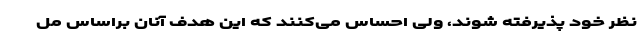
نظر خود پذیرفته شوند، ولی احساس می‌کنند که این هدف آنان براساس مل